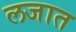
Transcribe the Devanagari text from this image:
लजात